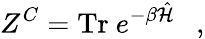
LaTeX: Z^{C}=\mathrm{Tr}~e^{-\beta\hat{\cal H}}~~~,